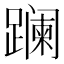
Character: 𨅬